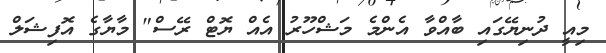
މިއީ ދުނިޔޭގައި ބާއްވާ އެންމެ މަޝްހޫރު އެއް ޔޮޓް ރޭސް" މާޔާގެ އޮފިޝަލް